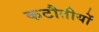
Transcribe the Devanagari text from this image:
कटौतीयों